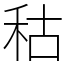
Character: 秙